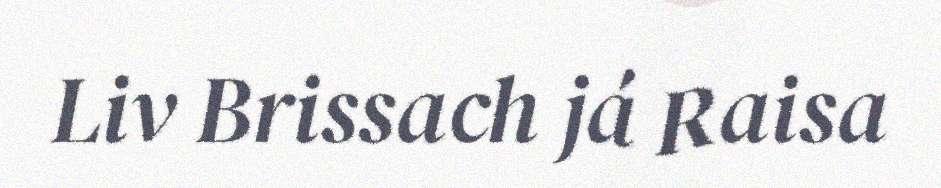
Liv Brissach já Raisa